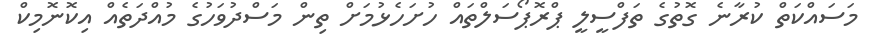
މަސައްކަތް ކުރާނެ ގޮތުގެ ތަފްސީލީ ޕްރޮޕޯސަލްތައް ހުށަހެޅުމަށް ތިން މަސްދުވަހުގެ މުއްދަތެއް އިކޮނޮމިކް